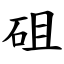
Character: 砠